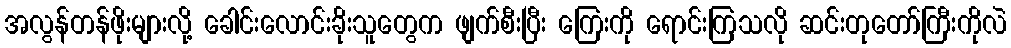
အလွန်တန်ဖိုးများလို့ ခေါင်းလောင်းခိုးသူတွေက ဖျက်စီးပြီး ကြေးကို ရောင်းကြသလို ဆင်းတုတော်ကြီးကိုလဲ